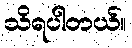
သိရပါတယ်။